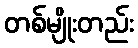
တစ်မျိုးတည်း